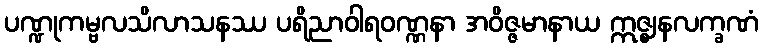
ပဏ္ဍုကမ္ဗလသိလာသနဿ ပရိညာဝါရဝဏ္ဏနာ အဝိဇ္ဇမာနာယ ဣဇ္ဈနလက္ခဏံ